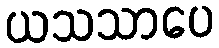
ယသသာပေ